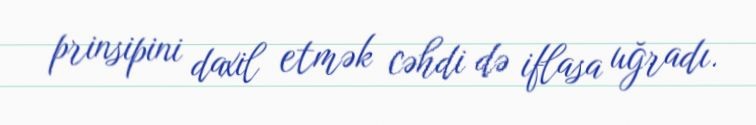
prinsipini daxil etmək cəhdi də iflasa uğradı.